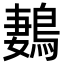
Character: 鶈